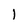
Character: 1